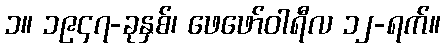
၁။ ၁၉၄၇-ခုနှစ်၊ ဖေဖော်ဝါရီလ ၁၂-ရက်။